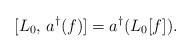
LaTeX: \begin{align*}[L_0,\,a^{\dag}(f)]=a^{\dag}(L_0[f]).\end{align*}